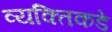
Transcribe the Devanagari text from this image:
व्यक्तिकडे